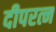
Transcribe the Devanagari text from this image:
दीपरत्न